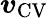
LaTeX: \boldsymbol{v}_{\mathrm{{CV}}}